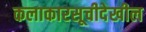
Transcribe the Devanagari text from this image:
कलाकारसूचीदेखील